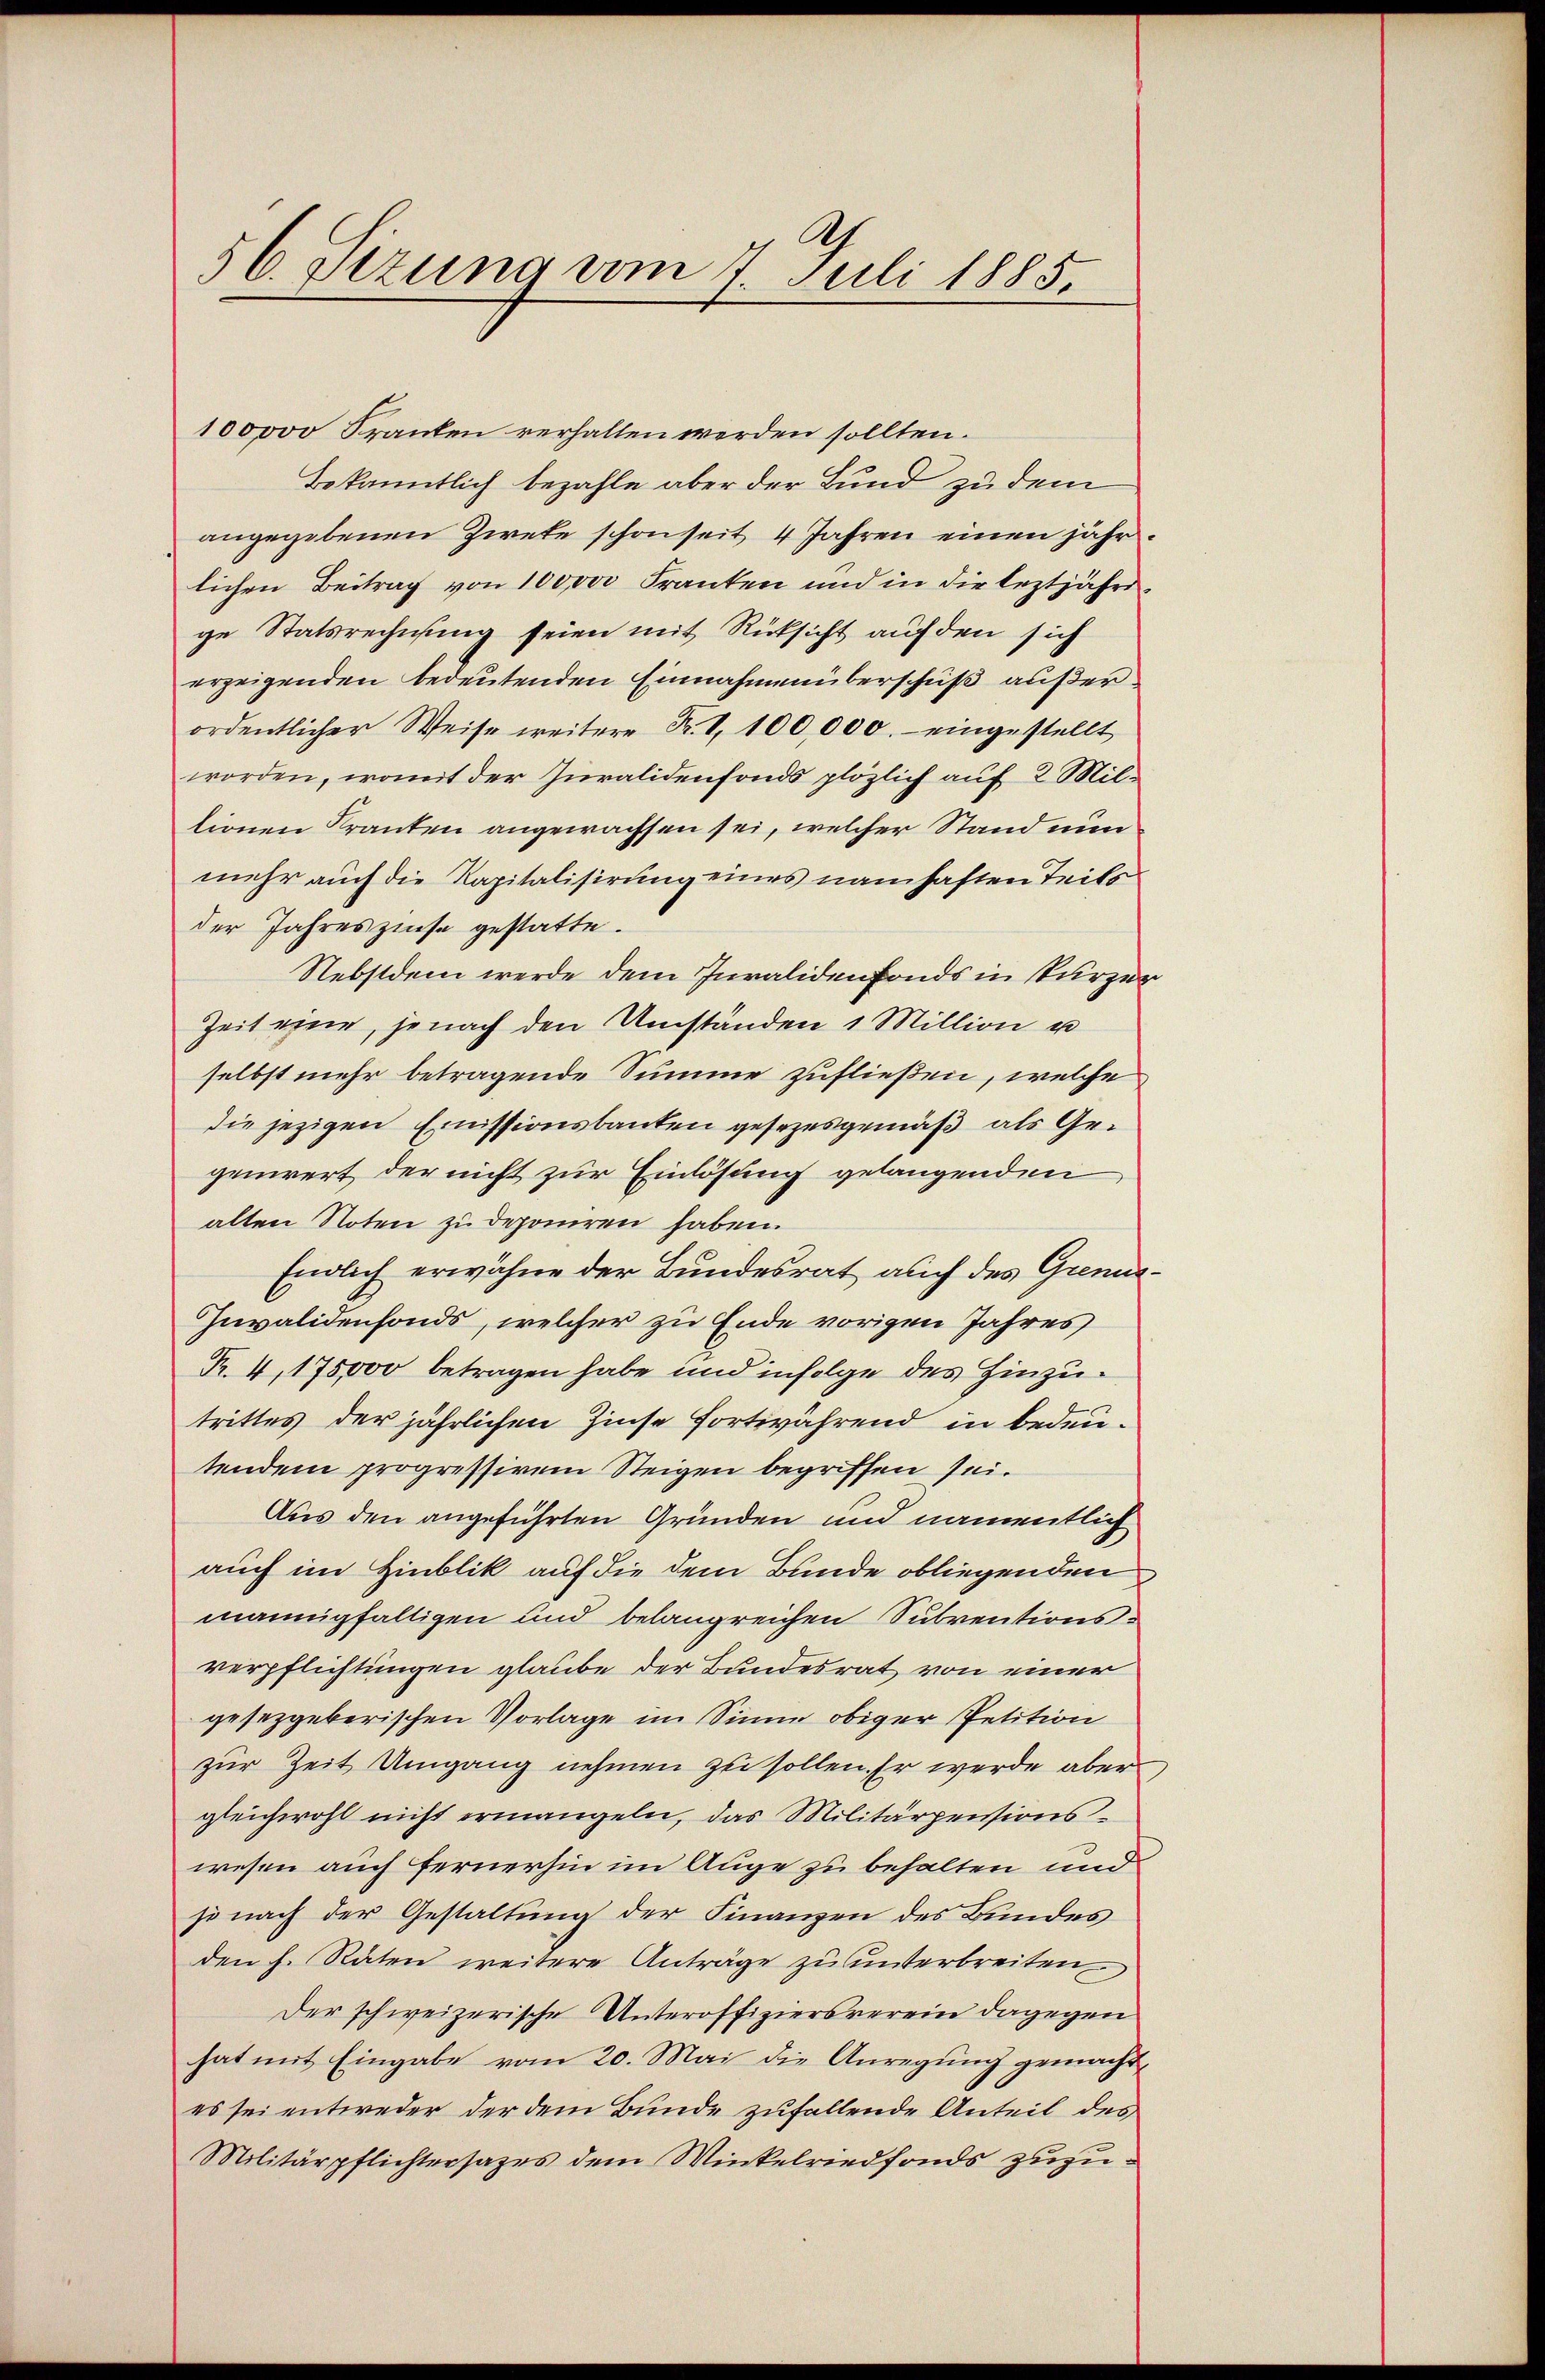
56. Sizung vom 7. Juli 1885.

100000 Kranken verhalten werden sollten.
bekanntlich bezahle aber der Bund zu dem
angegebenen Zweke schon seit 4 Jahren einen jähr
lichen Beitrag von 10000 Franten und in die leztjährige Statsrechnung seien mit Rücksicht auf den sich
erzeigenden bedeutenden Einnahmen überschuß außer
ordentlicher Weise weitere Fr. 1, 100,000.- eingestellt
worden, womit der Juralidenfonds plözlich auf 2 Millionen Kranten angewachsen sei, welcher Stand nun
mehr auch die Kapitalisirung eines namhaften Teils
der Jahreszinse gestatte.
Nebstdem werde dem Invalidenfonds in stürze
Zeit eine, jenach den Umständen 1 Million u
selbst mehr betragende Summe zufließen, welche
die jezigen Emissionsbauten gesezesgemäß als Gegeniert der nicht zur Einlösung gelangenden
alten Noten zu deponiren haben.
Endlich erwähne der Bundesrat auch des Gren¬
Invalidenfonds, welcher zu Ende vorigen Jahres
Fr. 4, 175000 betragen habe und infolge des Hinzutrittes der jährlichen Zinse fortwährend in bedeutendem progressivem Steigen begriffen sei.
Aus den angeführten Gründen und namentlich
auch im Hinblik auf die dem Bunde obliegenden
mannigfaltigen und belangreichen Subventionsverpflichtungen glaube der Bundesrat von einer
gesetzgeberischen Vorlage im Sinne obiger Petition
zur Zeit Umgang nehmen zu sollen. Er werde aber
gleichwohl nicht ermangeln, das Militärpensions-
wesen auch fernerhin im Auge zu behalten und
so nach der Gestaltung der Finanzen des Bundes
den h. Räten weitere Anträge zu unterbreiten
Der schweizerische Unteroffiziersverein dagegen
hat mit Eingabe vom 20. Mai die Anregung gemacht,
es sei entweder der dem Bunde zufallende Anteil des
Militärpflichtersages dem Winkelriedfonds zuzu¬